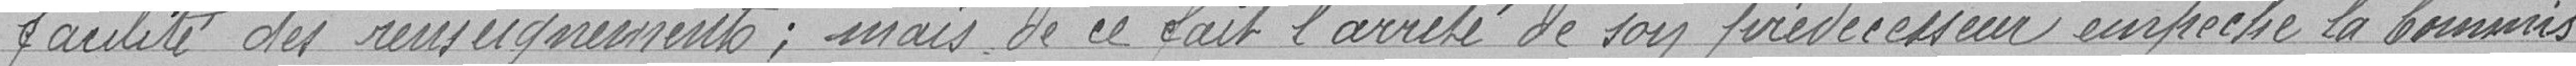
facilité des renseignements ; mais de ce fait l'arrêté de son prédécesseur empêche la commis-